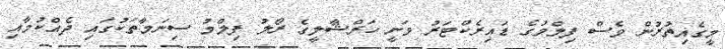
މީގެއިތުރުން ވެސް ފިލްމުގެ ޑައިރެކްޓަރު ވަނީ ހަރްޝާލީގެ ރޯލު ފިލްމު ސިނަމާތަކުގައި ދެއްކުމާއި